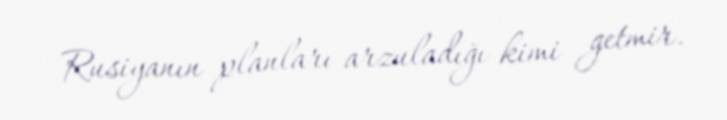
Rusiyanın planları arzuladığı kimi getmir.